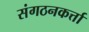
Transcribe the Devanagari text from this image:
संगठनकर्त्ता